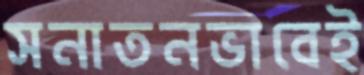
সনাতনভাবেই